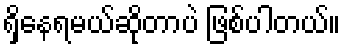
ရှိနေရမယ်ဆိုတာပဲ ဖြစ်ပါတယ်။